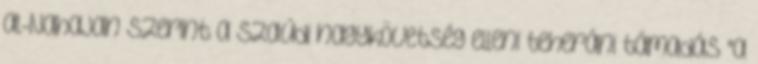
al-Nahajan szerint a szaúdi nagykövetség elleni teheráni támadás "a